Scottish Leaving Certificate Examination, 1956
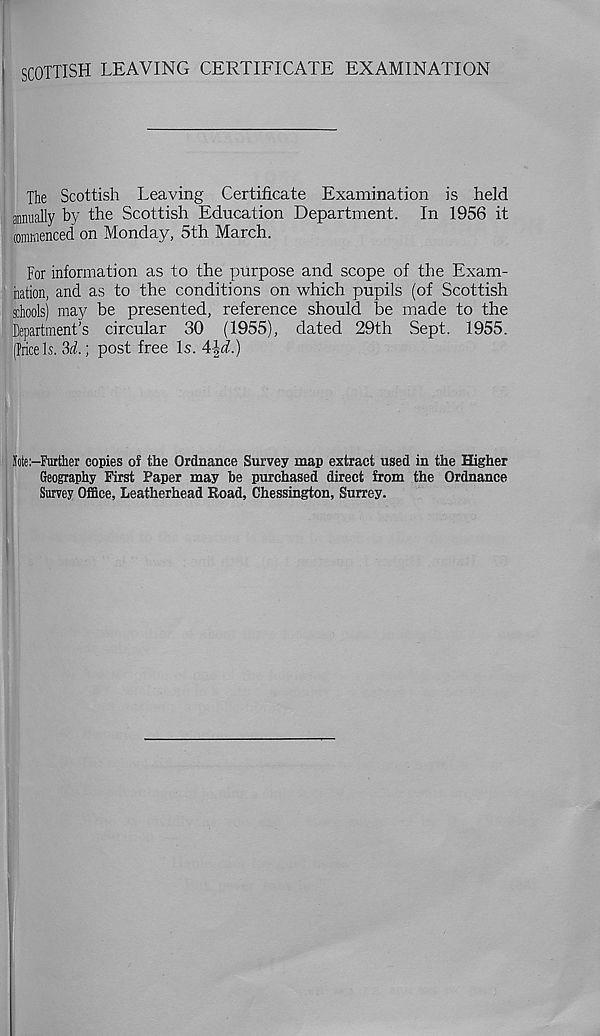
SCOTTISH LEAVING CERTIFICATE EXAMINATION
The Scottish Leaving Certificate Examination is held
annually by the Scottish Education Department. In 1956 it
rommenced on Monday, 5th March.
For information as to the purpose and scope of the Exam-
ination, and as to the conditions on which pupils (of Scottish
schools) may be presented, reference should be made to the
Department's circular 30 (1955), dated 29th Sept. 1955.
(fricels. 2>d.; post free Is. A\d.)
!iote:-Further copies of the Ordnance Survey map extract used in the Higher
Geography First Paper may be purchased direct from the Ordnance
Survey Office, Leatherhead Road, Chessington, Surrey.